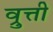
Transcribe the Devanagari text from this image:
व्रुत्ती